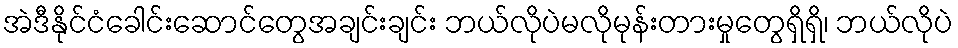
အဲဒီနိုင်ငံခေါင်းဆောင်တွေအချင်းချင်း ဘယ်လိုပဲမလိုမုန်းတားမှုတွေရှိရှိ၊ ဘယ်လိုပဲ